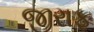
જીરાફ